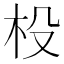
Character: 杸